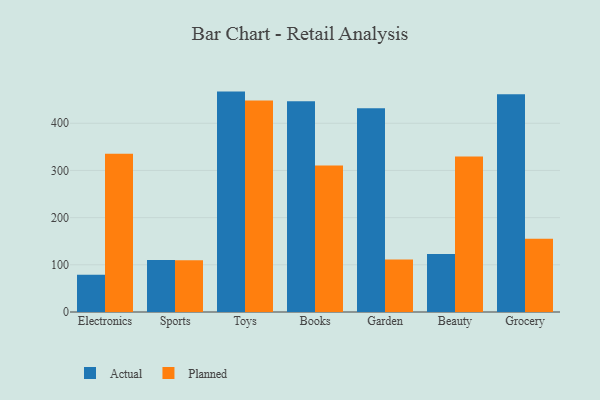
{"axis": {"x": "Category", "y": "Page Views"}, "legend": ["Actual", "Planned"], "data": [{"x": "Electronics", "y": 78.7, "type": "Actual"}, {"x": "Electronics", "y": 335.2, "type": "Planned"}, {"x": "Sports", "y": 110.2, "type": "Actual"}, {"x": "Sports", "y": 109.9, "type": "Planned"}, {"x": "Toys", "y": 467.1, "type": "Actual"}, {"x": "Toys", "y": 448.2, "type": "Planned"}, {"x": "Books", "y": 446.9, "type": "Actual"}, {"x": "Books", "y": 310.4, "type": "Planned"}, {"x": "Garden", "y": 432.0, "type": "Actual"}, {"x": "Garden", "y": 111.4, "type": "Planned"}, {"x": "Beauty", "y": 123.0, "type": "Actual"}, {"x": "Beauty", "y": 329.5, "type": "Planned"}, {"x": "Grocery", "y": 461.6, "type": "Actual"}, {"x": "Grocery", "y": 155.1, "type": "Planned"}]}